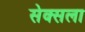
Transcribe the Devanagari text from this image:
सेक्सला